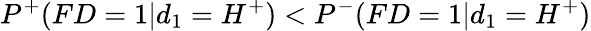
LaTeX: P^{+}(FD=1|d_{1}=H^{+})<P^{-}(FD=1|d_{1}=H^{+})